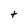
Character: t